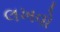
લખવો